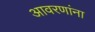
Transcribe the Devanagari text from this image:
आवरणांना